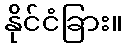
နိုင်ငံခြား။